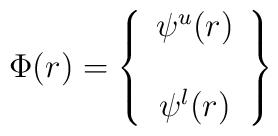
\Phi(r)=\left\{\begin{array}{c} \psi^{u}(r)\\ \\ \psi^{l}(r)  \end{array}\right\}